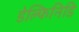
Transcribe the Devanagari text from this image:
डेल्फिनिडि